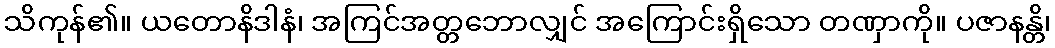
သိကုန်၏။ ယတောနိဒါနံ၊ အကြင်အတ္တဘောလျှင် အကြောင်းရှိသော တဏှာကို။ ပဇာနန္တိ၊